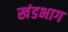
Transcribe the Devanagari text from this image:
खंडभाग